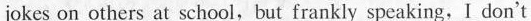
jokes on others at school,but frankly speaking,I don't